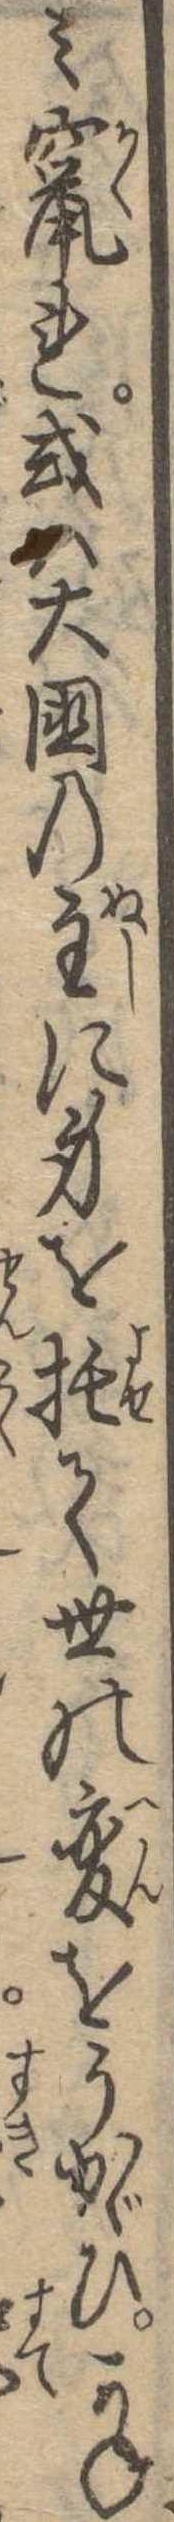
み竄れ或は大国の主に身を托て世の変をうかゞひかね